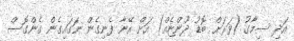
އަދި ސިމާގު (ވަރަށް ބޮޑު ދޫންޏެއް) އަށް އޭނާ ފެނިގެން ނަގައިގެން ގެންގޮސް